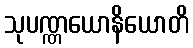
သုပဏ္ဏယောနိယောတိ